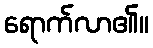
ရောက်လာ၏။